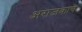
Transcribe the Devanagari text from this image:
अराजकाचे